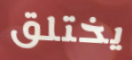
يختلق